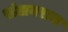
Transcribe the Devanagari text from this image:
संतानराज